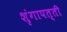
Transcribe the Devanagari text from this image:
शृंगापत्ती